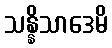
သန္နိသာဒေမိ